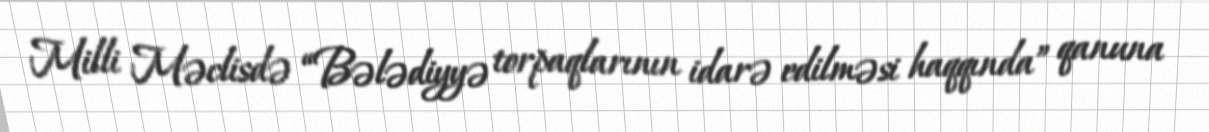
Milli Məclisdə “Bələdiyyə torpaqlarının idarə edilməsi haqqında” qanuna